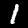
Label: 1